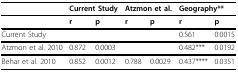
<table><thead><tr><td></td><td colspan="2"><b>Current Study</b></td><td colspan="2"><b>Atzmon et al.</b></td><td colspan="2"><b>Geography**</b></td></tr></thead><tbody><tr><td></td><td><b>r</b></td><td><b>p</b></td><td><b>r</b></td><td><b>p</b></td><td><b>r</b></td><td><b>p</b></td></tr><tr><td>Current Study</td><td></td><td></td><td></td><td></td><td>0.561</td><td>0.0015</td></tr><tr><td>Atzmon et al. 2010</td><td>0.872</td><td>0.0003</td><td></td><td></td><td>0.482***</td><td>0.0192</td></tr><tr><td>Behar et al. 2010</td><td>0.852</td><td>0.0012</td><td>0.788</td><td>0.0029</td><td>0.437****</td><td>0.0351</td></tr></tbody></table>